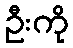
ဦးကို